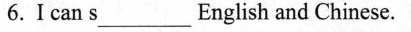
6.I can s___English and Chinese.